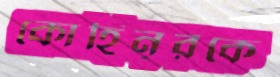
কোহিনূরকে